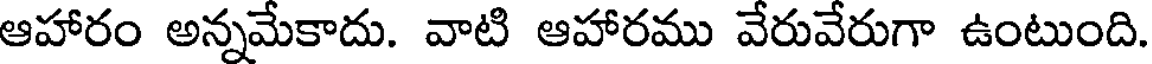
ఆహారం అన్నమేకాదు. వాటి ఆహారము వేరువేరుగా ఉంటుంది